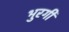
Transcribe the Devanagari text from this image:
भुरगी